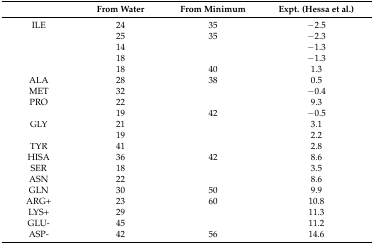
<table><thead><tr><td>[EMPTY_CELL]</td><td><b>From Water</b></td><td><b>From Minimum</b></td><td><b>Expt. (Hessa et al.)</b></td></tr></thead><tbody><tr><td>ILE</td><td>24</td><td>35</td><td>−2.5</td></tr><tr><td>[EMPTY_CELL]</td><td>25</td><td>35</td><td>−2.3</td></tr><tr><td>[EMPTY_CELL]</td><td>14</td><td>[EMPTY_CELL]</td><td>−1.3</td></tr><tr><td>[EMPTY_CELL]</td><td>18</td><td>[EMPTY_CELL]</td><td>−1.3</td></tr><tr><td>[EMPTY_CELL]</td><td>18</td><td>40</td><td>1.3</td></tr><tr><td>ALA</td><td>28</td><td>38</td><td>0.5</td></tr><tr><td>MET</td><td>32</td><td>[EMPTY_CELL]</td><td>−0.4</td></tr><tr><td>PRO</td><td>22</td><td>[EMPTY_CELL]</td><td>9.3</td></tr><tr><td>[EMPTY_CELL]</td><td>19</td><td>42</td><td>−0.5</td></tr><tr><td>GLY</td><td>21</td><td>[EMPTY_CELL]</td><td>3.1</td></tr><tr><td>[EMPTY_CELL]</td><td>19</td><td>[EMPTY_CELL]</td><td>2.2</td></tr><tr><td>TYR</td><td>41</td><td>[EMPTY_CELL]</td><td>2.8</td></tr><tr><td>HISA</td><td>36</td><td>42</td><td>8.6</td></tr><tr><td>SER</td><td>18</td><td>[EMPTY_CELL]</td><td>3.5</td></tr><tr><td>ASN</td><td>22</td><td>[EMPTY_CELL]</td><td>8.6</td></tr><tr><td>GLN</td><td>30</td><td>50</td><td>9.9</td></tr><tr><td>ARG+</td><td>23</td><td>60</td><td>10.8</td></tr><tr><td>LYS+</td><td>29</td><td>[EMPTY_CELL]</td><td>11.3</td></tr><tr><td>GLU-</td><td>45</td><td>[EMPTY_CELL]</td><td>11.2</td></tr><tr><td>ASP-</td><td>42</td><td>56</td><td>14.6</td></tr></tbody></table>